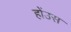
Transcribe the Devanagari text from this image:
होंउस